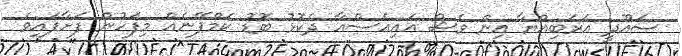
ސައޫދީ އަރަބިއްޔާ އިން ވެސް އައިއެސްއާ ދެކޮޅު ބޮޑު ކެމްޕޭނެއް މިފަހުން ފަށާފައިވެ